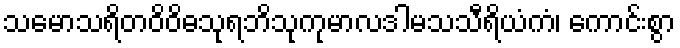
သမောသရိတဝိဝိဓသုရဘိသုကုမာလဒါမသသီရိယံကံ၊ ကောင်းစွာ